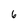
Character: 6